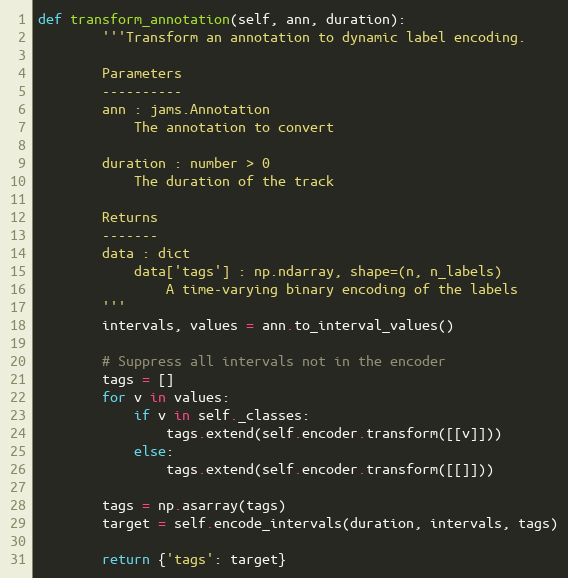
Language: Python
def transform_annotation(self, ann, duration):
        '''Transform an annotation to dynamic label encoding.

        Parameters
        ----------
        ann : jams.Annotation
            The annotation to convert

        duration : number > 0
            The duration of the track

        Returns
        -------
        data : dict
            data['tags'] : np.ndarray, shape=(n, n_labels)
                A time-varying binary encoding of the labels
        '''
        intervals, values = ann.to_interval_values()

        # Suppress all intervals not in the encoder
        tags = []
        for v in values:
            if v in self._classes:
                tags.extend(self.encoder.transform([[v]]))
            else:
                tags.extend(self.encoder.transform([[]]))

        tags = np.asarray(tags)
        target = self.encode_intervals(duration, intervals, tags)

        return {'tags': target}